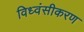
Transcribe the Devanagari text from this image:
विध्वंसीकरण